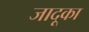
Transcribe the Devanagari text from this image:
जादूका